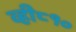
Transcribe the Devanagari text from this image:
व्ही८१०